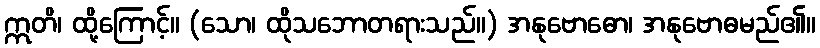
ဣတိ၊ ထို့ကြောင့်။ (သော၊ ထိုသဘောတရားသည်။) အနုဗောဓော၊ အနုဗောဓမည်၏။